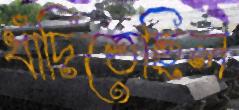
ধাঁদিতেছিল